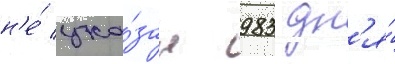
н'е́ ука́зан 983 дн'я́